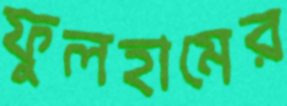
ফুলহামের